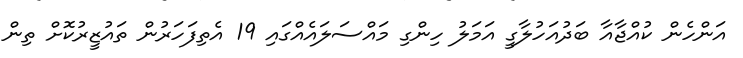
އަންހެން ކުއްޖާއާ ބަދުއަހުލާގީ އަމަލު ހިންގި މައްސަލައެއްގައި 19 އެތިފަހަރުން ތައުޒީރުކޮށް ތިން